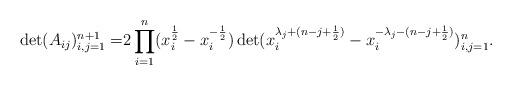
LaTeX: \begin{align*}\det(A_{ij})^{n+1}_{i,j=1}=&2\prod^n_{i=1}(x^{\frac{1}{2}}_i-x^{-\frac{1}{2}}_i)\det(x^{\lambda_j+(n-j+\frac{1}{2})}_i-x^{-\lambda_j-(n-j+\frac{1}{2})}_i)^{n}_{i,j=1}.\end{align*}